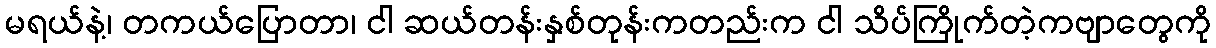
မရယ်နဲ့၊ တကယ်ပြောတာ၊ ငါ ဆယ်တန်းနှစ်တုန်းကတည်းက ငါ သိပ်ကြိုက်တဲ့ကဗျာတွေကို